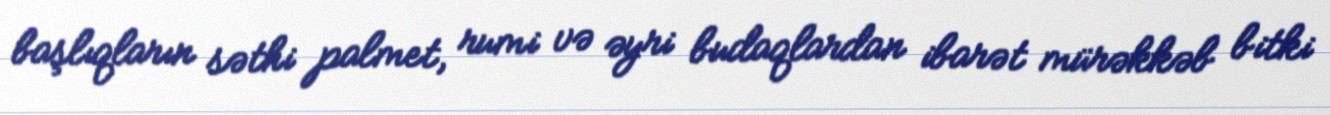
başlıqların səthi palmet, rumi və əyri budaqlardan ibarət mürəkkəb bitki